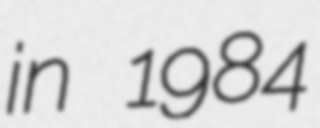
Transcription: in 1984